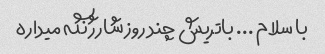
با سلام ... باتریش چند روز شارژ نگه میداره